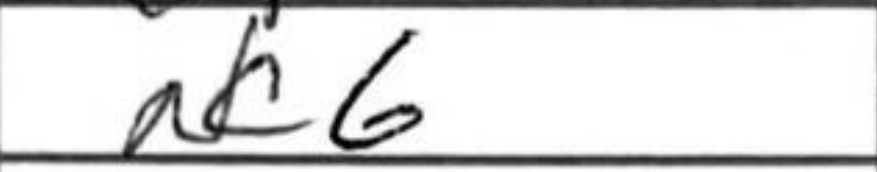
Transcription: Nc6